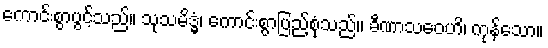
ကောင်းစွာပွင့်သည်။ သုသမိဒ္ဓံ၊ ကောင်းစွာပြည့်စုံသည်။ ခီဏာသဝေဟိ၊ ကုန်သော။